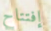
إفتتاح